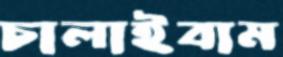
চালাইবাম